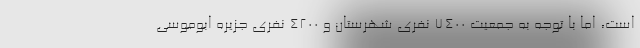
است، اما با توجه به جمعیت ۷۴۰۰ نفری شهرستان و ۴۲۰۰ نفری جزیره ابوموسی